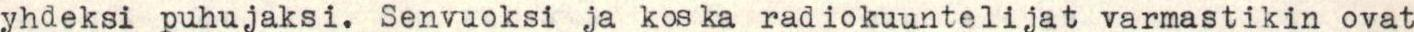
yhdeksi puhujaksi. Senvuoksi ja koska radiokuuntelijat varmastikin ovat